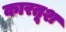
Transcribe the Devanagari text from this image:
कारतूश